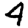
Digit: 4